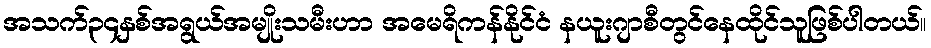
အသက်၃၄နှစ်အရွယ်အမျိုးသမီးဟာ အမေရိကန်နိုင်ငံ နယူးဂျာစီတွင်နေထိုင်သူဖြစ်ပါတယ်။